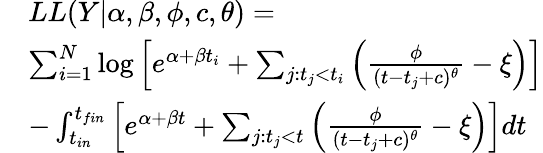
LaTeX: \begin{array}{rl}&{LL(Y|\alpha,\beta,\phi,c,\theta)=}\\ &{\sum_{i=1}^{N}\log\left[e^{\alpha+\beta t_{i}}+\sum_{j:t_{j}<t_{i}}\left(\frac{\phi}{(t-t_{j}+c)^{\theta}}-\xi\right)\right]}\\ &{-\int_{t_{in}}^{t_{fin}}\left[e^{\alpha+\beta t}+\sum_{j:t_{j}<t}\left(\frac{\phi}{(t-t_{j}+c)^{\theta}}-\xi\right)\right]dt}\end{array}